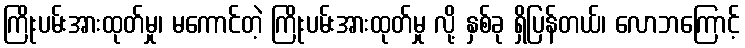
ကြိုးပမ်းအားထုတ်မှု၊ မကောင်တဲ့ ကြိုးပမ်းအားထုတ်မှု လို့ နှစ်ခု ရှိပြန်တယ်၊ လောဘကြောင့်